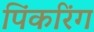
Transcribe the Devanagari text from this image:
पिंकरिंग